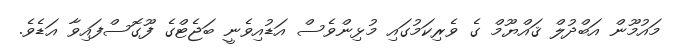
މައުމޫން އަބްދުލް ޤައްޔޫމް ގެ ވެރިކަމުގައި މުޅިންވެސް އަޑުއިވެނީ ބަޖެޓްގެ ފޫގޮސްފައިވާ އަޑެވެ.